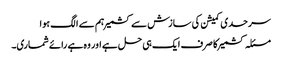
سرحدی کمیشن کی سازش سے کشمیر ہم سے الگ ہوا
مسئلہ کشمیر کا صرف ایک ہی حل ہے اور وہ ہے رائے شماری۔